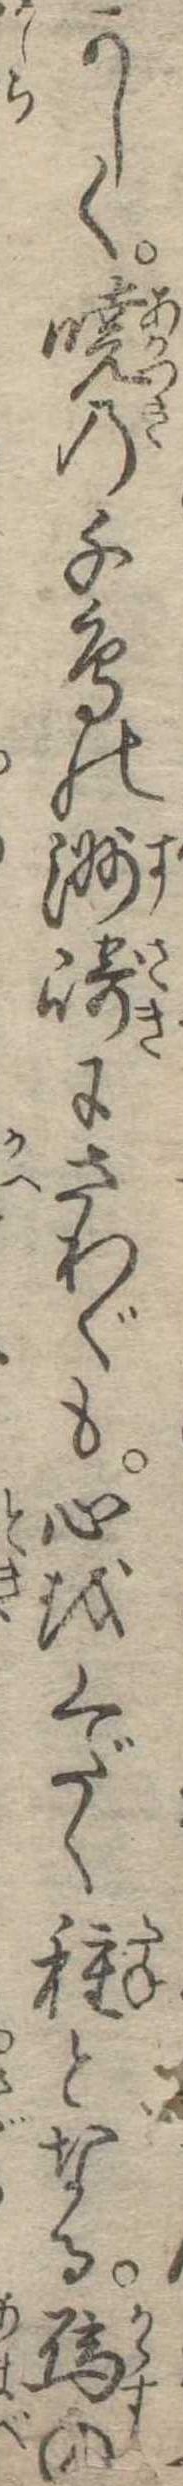
かしく暁の千鳥の洲崎にさわぐも心をくだく種となる烏の